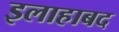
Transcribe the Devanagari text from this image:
इलाहाबद